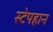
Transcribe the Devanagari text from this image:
स्टेपहान